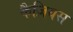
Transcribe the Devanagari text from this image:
कैज़ियस